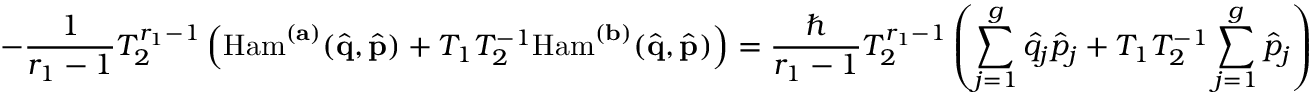
- \frac { 1 } { r _ { 1 } - 1 } T _ { 2 } ^ { r _ { 1 } - 1 } \left( \mathrm { H a m } ^ { ( \mathbf { a } ) } ( \hat { \mathbf { q } } , \hat { \mathbf { p } } ) + T _ { 1 } T _ { 2 } ^ { - 1 } \mathrm { H a m } ^ { ( \mathbf { b } ) } ( \hat { \mathbf { q } } , \hat { \mathbf { p } } ) \right) = \frac { \hbar } { r _ { 1 } - 1 } T _ { 2 } ^ { r _ { 1 } - 1 } \left( \sum _ { j = 1 } ^ { g } \hat { q } _ { j } \hat { p } _ { j } + T _ { 1 } T _ { 2 } ^ { - 1 } \sum _ { j = 1 } ^ { g } \hat { p } _ { j } \right)